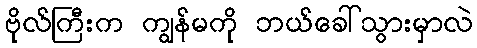
ဗိုလ်ကြီးက ကျွန်မကို ဘယ်ခေါ်သွားမှာလဲ